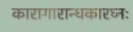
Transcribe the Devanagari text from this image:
कारागारान्धकारघ्नः